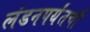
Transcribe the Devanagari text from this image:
लंडनपर्यंतची